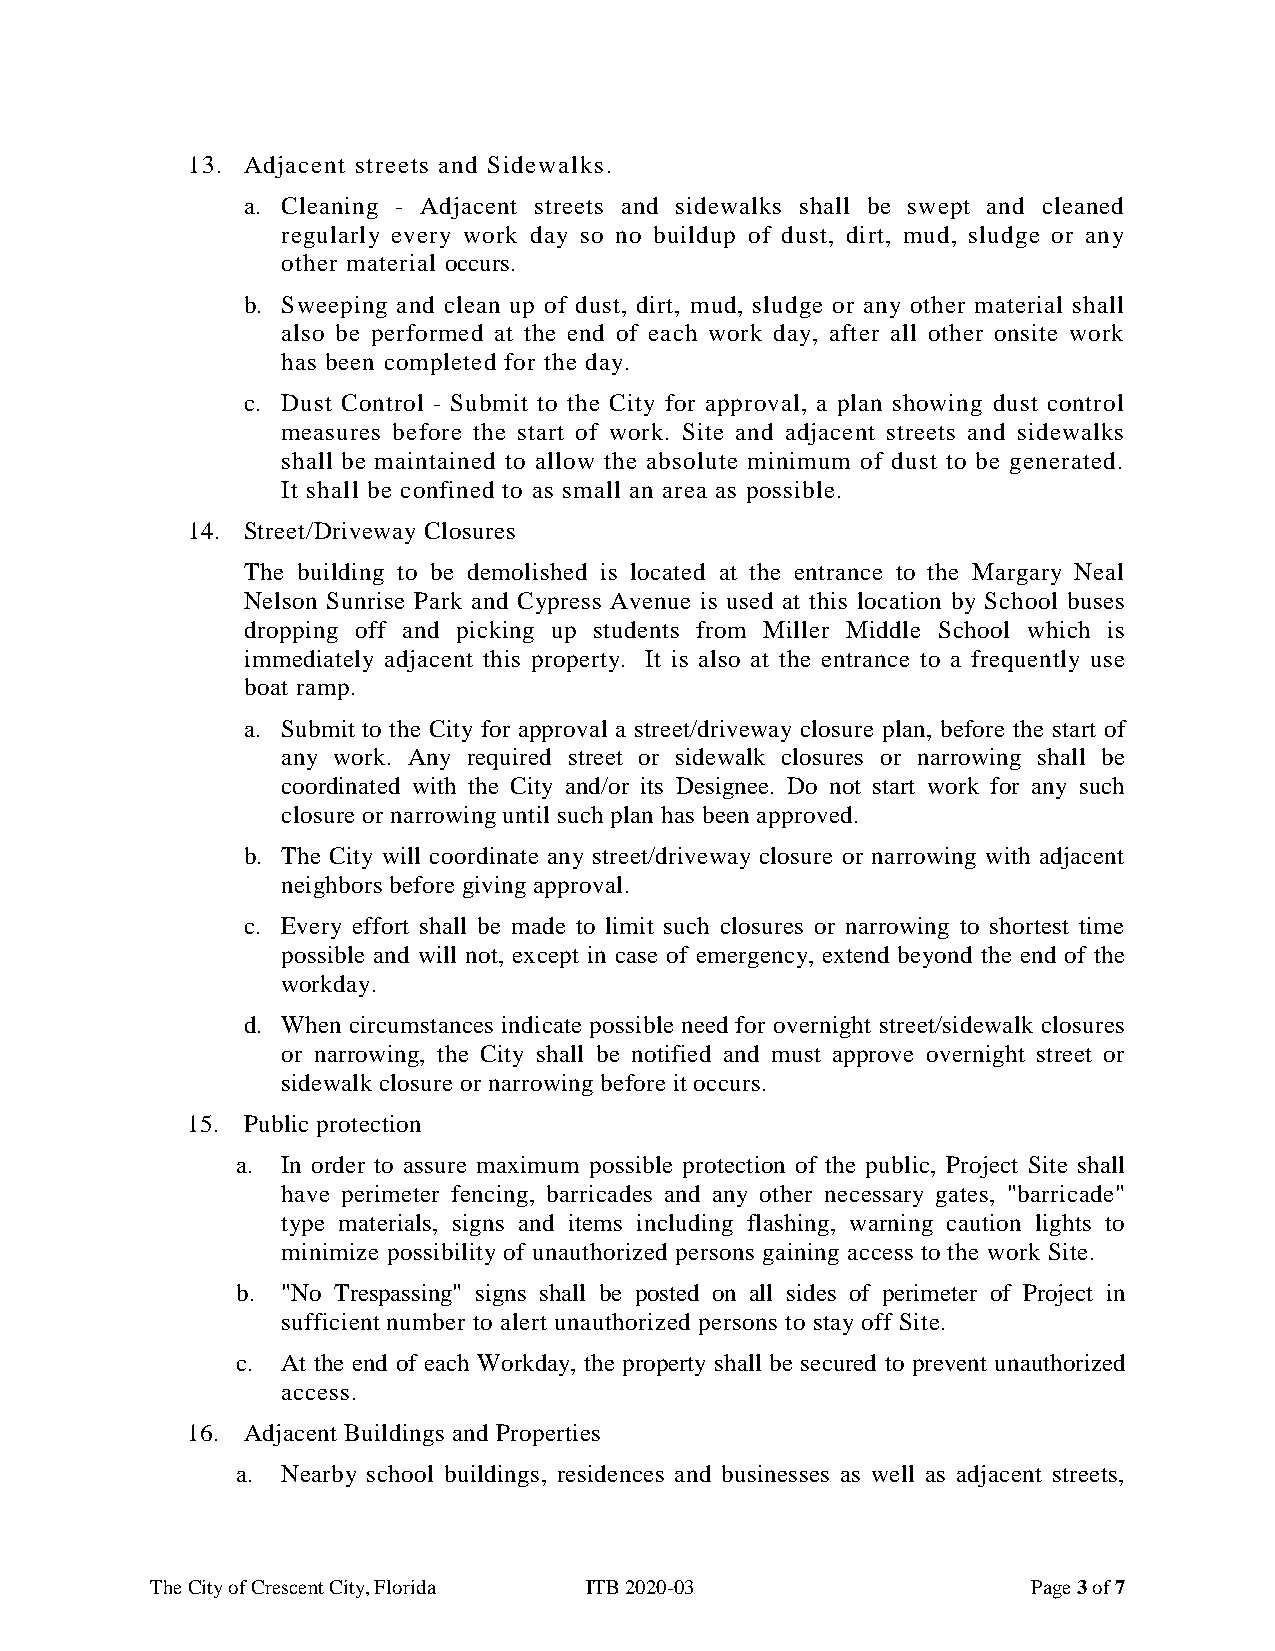
13. Adjacent streets and Sidewalks.
 a. Cleaning - Adjacent streets and sidewalks shall be swept and cleaned
 regularly every work day so no buildup of dust, dirt, mud, sludge or any
 other material occurs.
 b. Sweeping and clean up of dust, dirt, mud, sludge or any other material shall
 also be performed at the end of each work day, after all other onsite work
 has been completed for the day.
 c. Dust Control - Submit to the City for approval, a plan showing dust control
 measures before the start of work. Site and adjacent streets and sidewalks
 shall be maintained to allow the absolute minimum of dust to be generated.
 It shall be confined to as small an area as possible.
 14. Street/Driveway Closures
 The building to be demolished is located at the entrance to the Margary Neal
 Nelson Sunrise Park and Cypress Avenue is used at this location by School buses
 dropping off and picking up students from Miller Middle School which is
 immediately adjacent this property. It is also at the entrance to a frequently use
 boat ramp.
 a. Submit to the City for approval a street/driveway closure plan, before the start of
 any work. Any required street or sidewalk closures or narrowing shall be
 coordinated with the City and/or its Designee. Do not start work for any such
 closure or narrowing until such plan has been approved.
 b. The City will coordinate any street/driveway closure or narrowing with adjacent
 neighbors before giving approval.
 c. Every effort shall be made to limit such closures or narrowing to shortest time
 possible and will not, except in case of emergency, extend beyond the end of the
 workday.
 d. When circumstances indicate possible need for overnight street/sidewalk closures
 or narrowing, the City shall be notified and must approve overnight street or
 sidewalk closure or narrowing before it occurs.
 15. Public protection
 a. In order to assure maximum possible protection of the public, Project Site shall
 have perimeter fencing, barricades and any other necessary gates, "barricade"
 type materials, signs and items including flashing, warning caution lights to
 minimize possibility of unauthorized persons gaining access to the work Site.
 b. "No Trespassing" signs shall be posted on all sides of perimeter of Project in
 sufficient number to alert unauthorized persons to stay off Site.
 c. At the end of each Workday, the property shall be secured to prevent unauthorized
 access.
 16. Adjacent Buildings and Properties
 a. Nearby school buildings, residences and businesses as well as adjacent streets,
 The City of Crescent City, Florida ITB 2020-03            Page 3 of 7